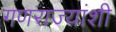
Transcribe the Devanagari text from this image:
गणराज्यांशी